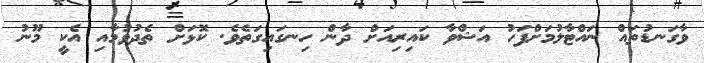
ވާގަނޑުތައް ނައްޓާލުމަށްފަހު އަޝްވާ ކައިރިއަށް ދާން ހިނގައިގަތެވެ. ކޮޅަށް ތެދުވުމާއި އެކީ މޫނު